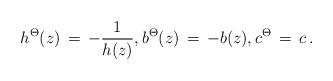
LaTeX: \begin{align*}h^\Theta(z) \, =\, - \frac1{h(z)} , b^\Theta(z)\, =\, -b(z) , c^\Theta \, =\, c\, .\end{align*}